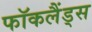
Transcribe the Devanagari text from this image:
फॉकलैंड्स